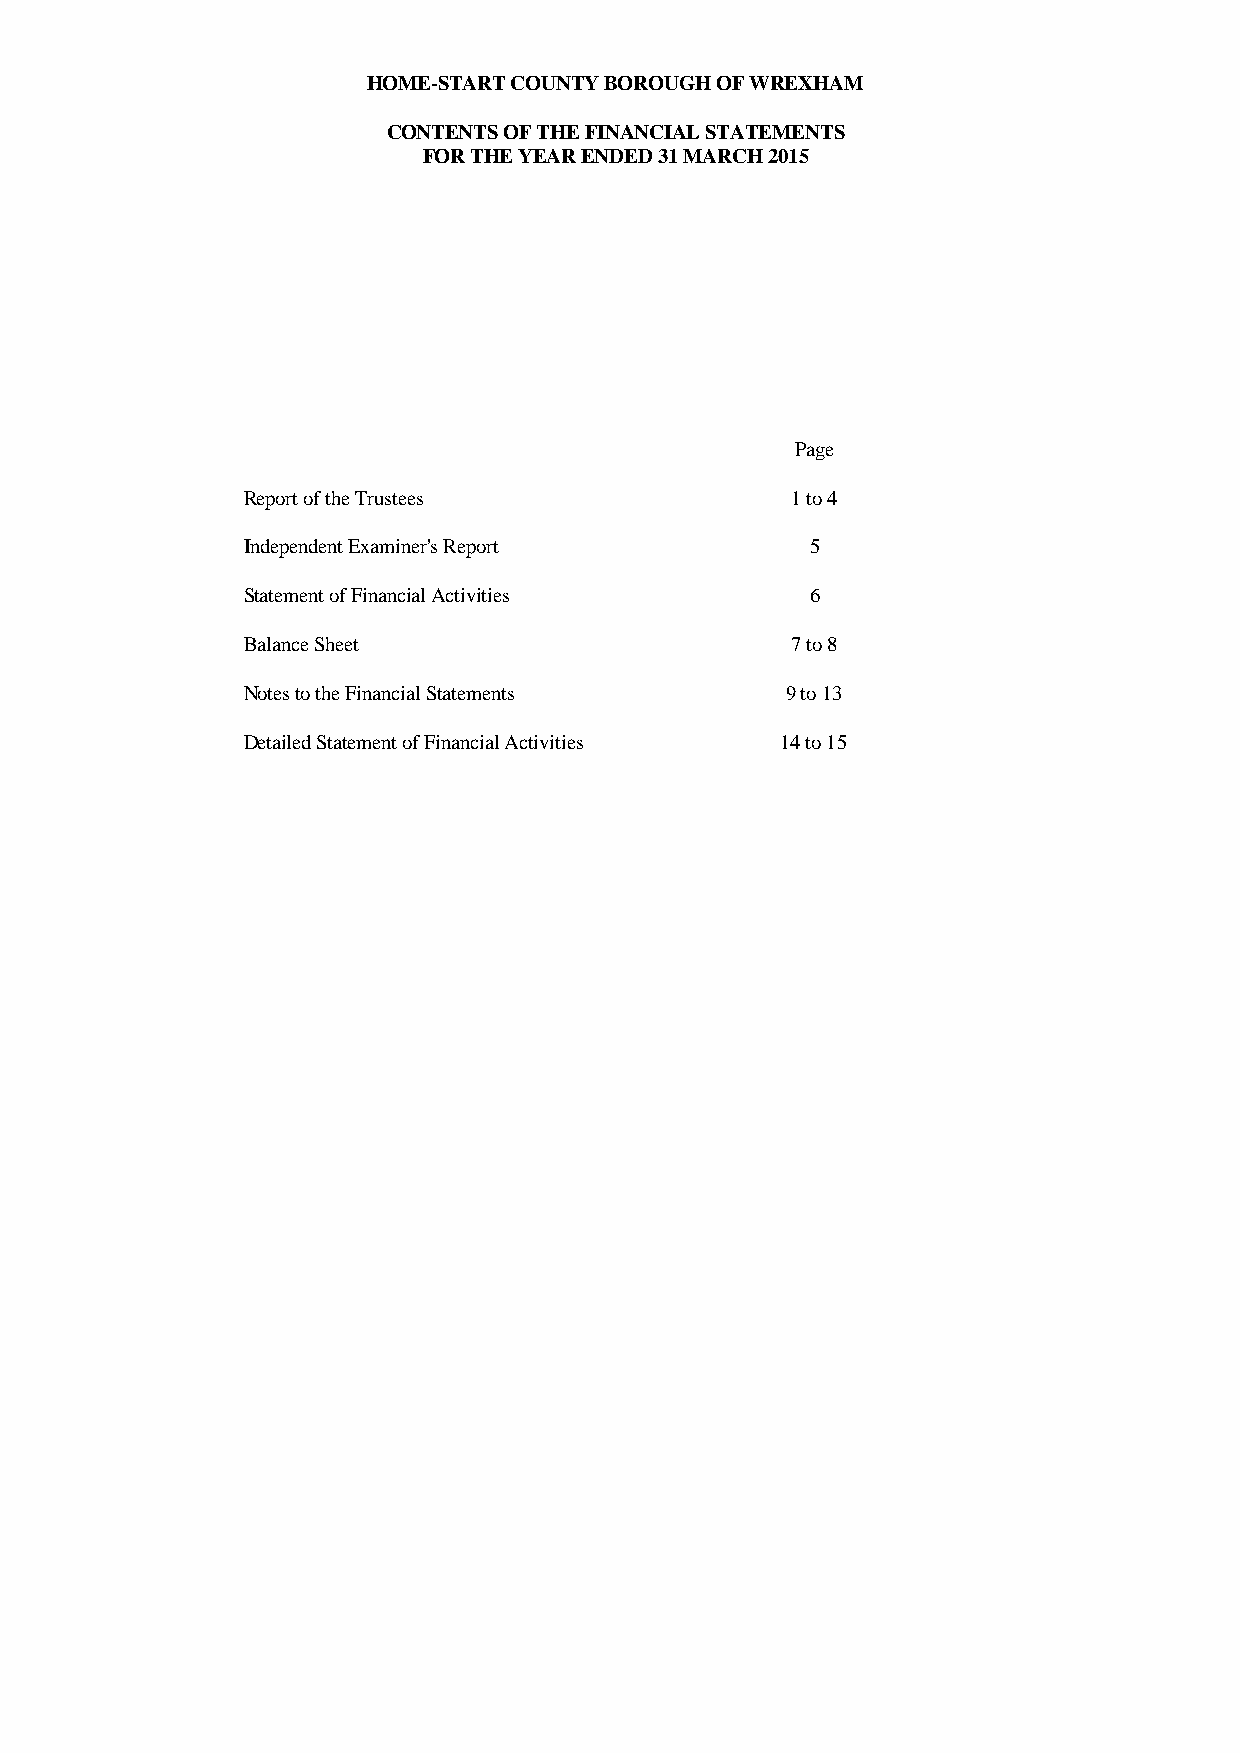
HOME-START COUNTY BOROUGH OF WREXHAM
 CONTENTS OF THE FINANCIAL STATEMENTS
 FOR THE YEAR ENDED 31 MARCH 2015
 Page
 Report of the Trustees              1 to 4
 Independent Examiner's Report         5
 Statement of Financial Activities     6
 Balance Sheet                       7 to 8
 Notes to the Financial Statements   9 to 13
 Detailed Statement of Financial Activities 14 to 15